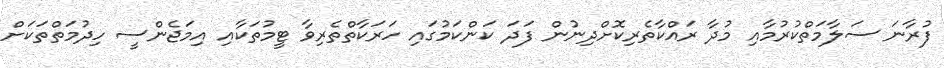
ފުރާނަ ސަލާމަތްކުރުމާއި މުދާ ރައްކާތެރިކޮށްދިނުން ފަދަ ކަންކަމުގައި ހަރަކާތްތެރިިވާ ޓީމުތަކާއި އިމަޖެންސީ ހިދުމަތްތަކަށް